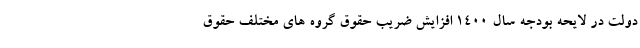
دولت در لایحه بودجه سال ۱۴۰۰ افزایش ضریب حقوق گروه های مختلف حقوق